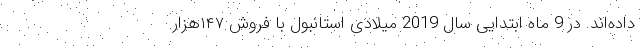
داده‌اند. در 9 ماه ابتدایی سال 2019 میلادی استانبول با فروش ۱۴۷هزار